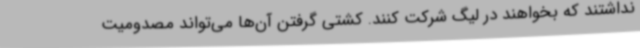
نداشتند که بخواهند در لیگ شرکت کنند. کشتی گرفتن آن‌ها می‌تواند مصدومیت